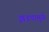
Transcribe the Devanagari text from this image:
झडपामुळे